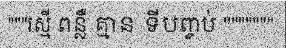
"""រស្មី ពន្លឺ គ្មាន ទីបញ្ចប់ """""""